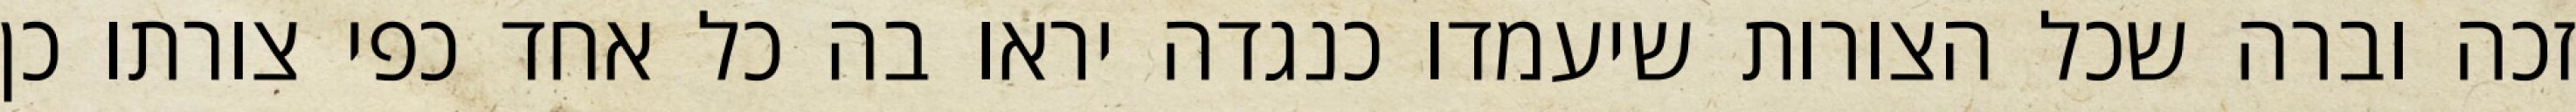
זכה וברה שכל הצורות שיעמדו כנגדה יראו בה כל אחד כפי צורתו כן